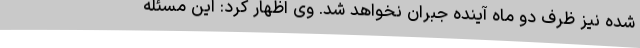
شده نیز ظرف دو ماه آینده جبران نخواهد شد. وی اظهار کرد: این مسئله